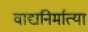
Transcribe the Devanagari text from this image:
वाद्यनिर्मात्या